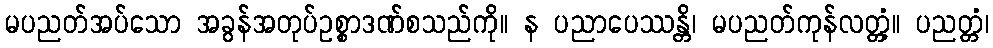
မပညတ်အပ်သော အခွန်အတုပ်ဥစ္စာဒဏ်စသည်ကို။ န ပညာပေဿန္တိ၊ မပညတ်ကုန်လတ္တံ့။ ပညတ္တံ၊